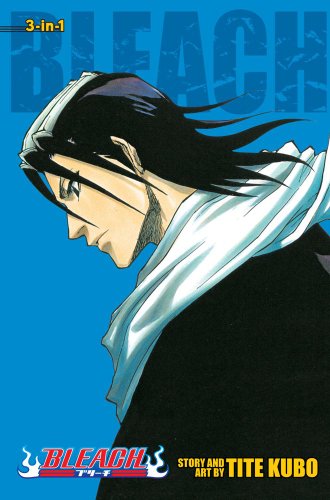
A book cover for Bleach (3-in-1 Edition), Vol. 3: Includes vols. 7, 8 & 9; Tite Kubo; Teen & Young Adult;